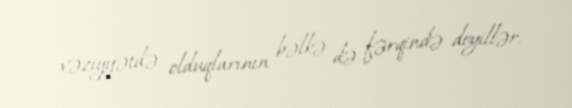
vəziyyətdə olduqlarının bəlkə də fərqində deyillər.